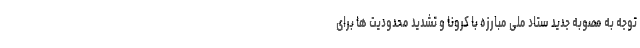
توجه به مصوبه جدید ستاد ملی مبارزه با کرونا و تشدید محدودیت ها برای